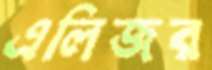
এলিজর